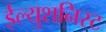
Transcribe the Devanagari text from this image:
ईल्युशनिस्ट